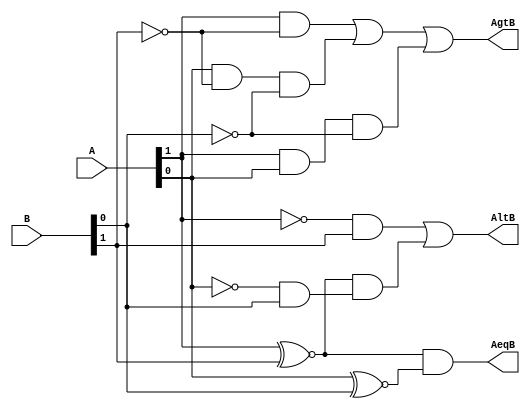
`timescale 1ns / 1ps
module compare2(A,B,AltB,AeqB,AgtB);
input [1:0] A,B;
output AltB,AeqB,AgtB;

assign AeqB = (A[1] ~^ B[1]) & (A[0] ~^ B[0]);
assign AltB = (~A[1] & B[1]) | ((A[1] ~^ B[1]) & (~A[0] & B[0]));
assign AgtB = (A[1] & ~B[1]) | (A[0]& ~B[1] & ~B[0]) | (A[1] & A[0] & ~B[0]); 

endmodule

module compare4(A,B,AltB,AeqB,AgtB);
input [3:0] A,B;
output AltB,AeqB,AgtB;
wire [1:0] A_lt_B, A_gt_B, A_eq_B;
wire temp1;

compare2 c0(A[1:0],B[1:0], A_lt_B[0], A_eq_B[0], A_gt_B[0]);
compare2 c1(A[3:2], B[3:2], A_lt_B[1], A_eq_B[1], A_gt_B[1]);
and a1(AeqB, A_eq_B[0], A_eq_B[1]);
and a2(temp1, A_lt_B[0], A_eq_B[1]);
or o1(AltB, A_lt_B[1], temp1);
nor no1(AgtB, AeqB, AltB);

endmodule

//Testbench files

module testbench_comp2;
reg [1:0] A,B;
wire AltB,AgtB,AeqB;
integer k;
compare2 C0(A,B,AltB,AeqB,AgtB);

initial
begin
  A = 2'b00;
  B = 2'b00;
for (k = 0; k <= 16; k = k + 1)
  begin
    {A,B} = k;
    #5 $display("A: %b, B: %b, AeqB: %b, AltB: %b, AgtB: %b", A,B,AeqB,AltB,AgtB);
  end
end
endmodule

module testbench_comp4;
reg [3:0] A,B;
wire AltB,AgtB,AeqB;
integer k;

compare4 c0(A,B,AltB,AeqB,AgtB);
initial
begin
  for(k = 0; k <= 256; k = k+1)
   begin
     {A,B} = k;
     #5 $display("A: %b, B: %b, AeqB: %b, AltB: %b, AgtB: %b", A,B,AeqB,AltB,AgtB);
   end
end
endmodule